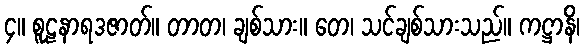
၄။ စူဠနာရဒဇာတ်။ တာတ၊ ချစ်သား။ တေ၊ သင်ချစ်သားသည်။ ကဋ္ဌာနိ၊